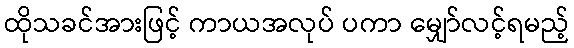
ထိုသခင်အားဖြင့် ကာယအလုပ် ပကာ မျှော်လင့်ရမည့်